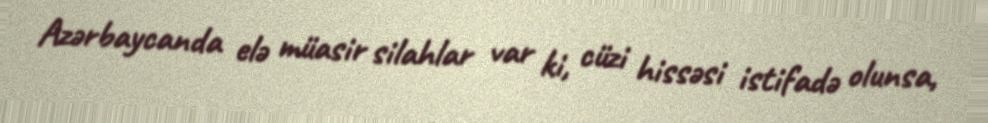
Azərbaycanda elə müasir silahlar var ki, cüzi hissəsi istifadə olunsa,